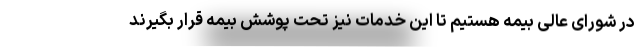
در شورای عالی بیمه هستیم تا این خدمات نیز تحت پوشش بیمه قرار بگیرند